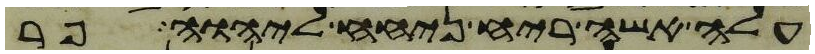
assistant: עלה אשה ריח ניחח ליהוה פר